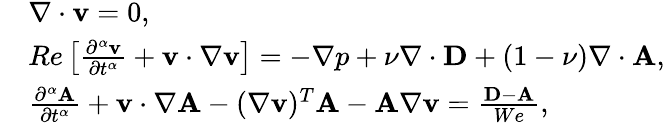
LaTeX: \begin{array}{rl}&{\nabla\cdot{\mathbf v}=0,}\\ &{Re\left[\frac{\partial^{\alpha}{\mathbf v}}{\partial t^{\alpha}}+{\mathbf v}\cdot\nabla{\mathbf v}\right]=-\nabla p+\nu\nabla\cdot{\mathbf D}+(1-\nu)\nabla\cdot{\mathbf A},}\\ &{\frac{\partial^{\alpha}{\mathbf A}}{\partial t^{\alpha}}+{\mathbf v}\cdot\nabla{\mathbf A}-(\nabla{\mathbf v})^{T}{\mathbf A}-{\mathbf A}\nabla{\mathbf v}=\frac{{\mathbf D}-{\mathbf A}}{We},}\end{array}